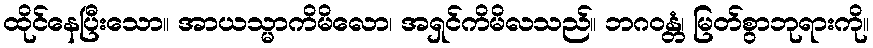
ထိုင်နေပြီးသော။ အာယသ္မာကိမိလော၊ အရှင်ကိမိလသည်။ ဘဂဝန္တံ၊ မြတ်စွာဘုရားကို။